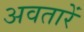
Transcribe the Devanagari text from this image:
अवतारें